Lunatic asylums Punjab 1881-1894 - 1881-1894
Year: 1881
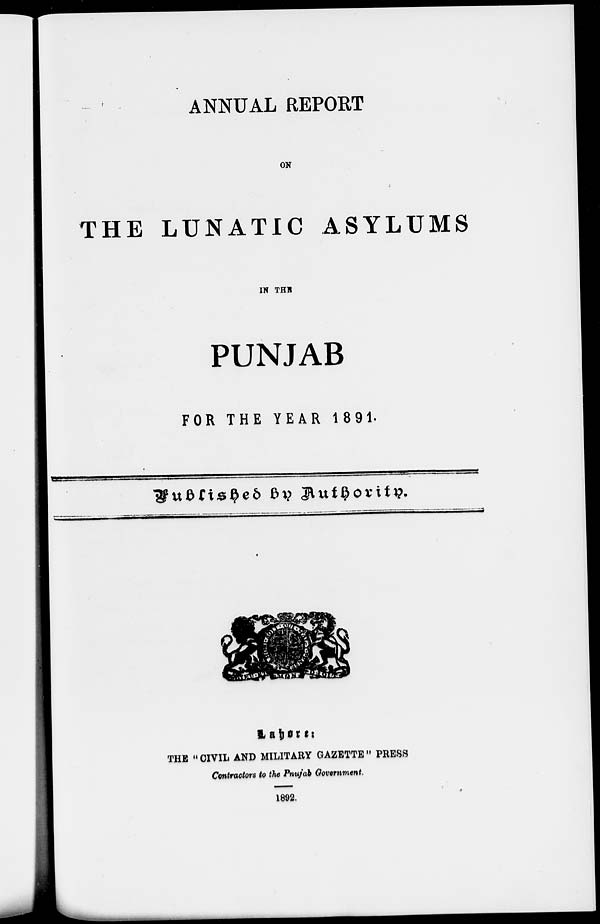
ANNUAL REPORT
ON
THE LUNATIC ASYLUMS
IN THE
PUNJAB
FOR THE YEAR 1891.
Published
by
Authority.
Lahore:
THE " CIVIL AND MILITARY GAZETTE " PRESS
Contractors to the Punjab Government.
1892.